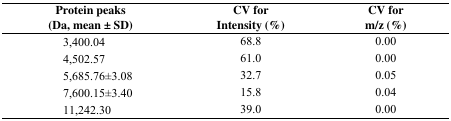
<table><thead><tr><td><b>Protein peaks (Da, mean ± SD)</b></td><td><b>CV for Intensity (%)</b></td><td><b>CV for m/z (%)</b></td></tr></thead><tbody><tr><td>3,400.04</td><td>68.8</td><td>0.00</td></tr><tr><td>4,502.57</td><td>61.0</td><td>0.00</td></tr><tr><td>5,685.76±3.08</td><td>32.7</td><td>0.05</td></tr><tr><td>7,600.15±3.40</td><td>15.8</td><td>0.04</td></tr><tr><td>11,242.30</td><td>39.0</td><td>0.00</td></tr></tbody></table>